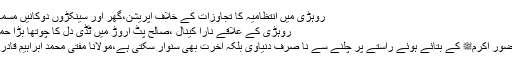
روہڑی میں انتظامیہ کا تجاوزات کے خلاف آپریشن،گھر اور سینکڑوں دوکانیں مسمار
روہڑی کے علاقے نارا کینال ،صالح پٹ اروڑ میں ٹڈی دل کا چوتھا بڑا حملہ
حضور اکرمﷺ کے بتائے ہوئے راستے پر چلنے سے نا صرف دنیاوی بلکہ آخرت بھی سنوار سکتی ہے،مولانا مفتی محمد ابراہیم قادری